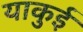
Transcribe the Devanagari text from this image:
याकुई